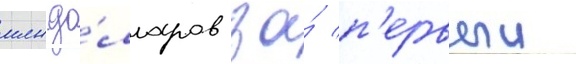
млн до́лларов за́ п'ервыи